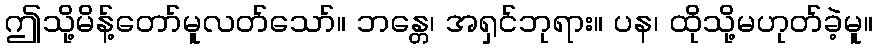
ဤသို့မိန့်တော်မူလတ်သော်။ ဘန္တေ၊ အရှင်ဘုရား။ ပန၊ ထိုသို့မဟုတ်ခဲ့မူ။